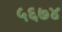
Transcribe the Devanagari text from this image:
५६७४